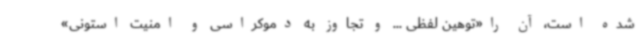
شده است، آن را«توهین لفظی ... و تجاوز به دموکراسی و امنیت استونی»